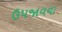
ઉપજાવવા